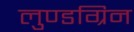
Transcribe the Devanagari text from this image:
लुण्डग्रिन